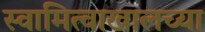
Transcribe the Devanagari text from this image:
स्वामित्वाखालच्या